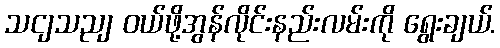
သငျသညျ ဝယ်ဖို့အွန်လိုင်းနည်းလမ်းကို ရွေးချယ်.